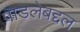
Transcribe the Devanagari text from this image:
पाडलेबद्दल